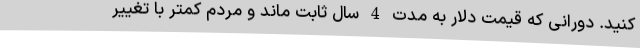
کنید. دورانی که قیمت دلار به مدت 4 سال ثابت ماند و مردم کمتر با تغییر